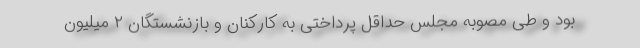
بود و طی مصوبه مجلس حداقل پرداختی به کارکنان و بازنشستگان ۲ میلیون